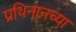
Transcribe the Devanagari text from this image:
प्रथिनानच्या